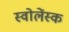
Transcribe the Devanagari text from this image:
स्वोलेंस्क